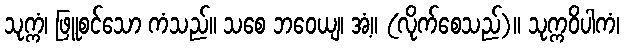
သုက္ကံ၊ ဖြူစင်သော ကံသည်။ သစေ ဘဝေယျ၊ အံ့။ (လိုက်စေသည်)။ သုက္ကဝိပါကံ၊